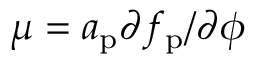
\mu = a _ { \mathrm { p } } \partial f _ { \mathrm { p } } / \partial \phi